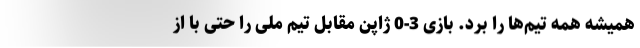
همیشه همه تیم‌ها را برد. بازی 3-0 ژاپن مقابل تیم ملی را حتی با از